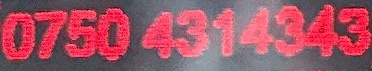
0750 4314343